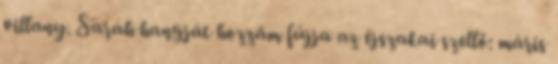
villany. Sarah hangját hozzám fújja az éjszakai szellő: máris